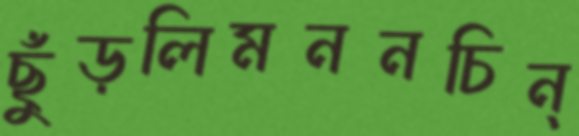
ছুঁড়লিমননচিন্